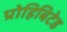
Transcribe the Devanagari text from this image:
प्रोहिबिटेड